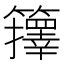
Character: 籜